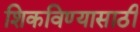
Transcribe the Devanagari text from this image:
शिकविण्‍यासाठी